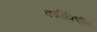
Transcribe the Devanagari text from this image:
कारिकिर्दीत